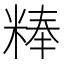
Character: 𰪾